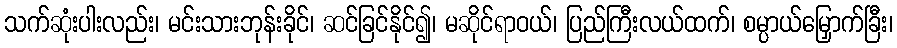
သက်ဆုံးပါးလည်း၊ မင်းသားဘုန်းခိုင်၊ ဆင်ခြင်နိုင်၍၊ မဆိုင်ရာဝယ်၊ ပြည်ကြီးလယ်ထက်၊ စမ္ပာယ်မြှောက်ခြီး၊